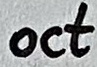
Text: oct